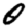
Digit: 0